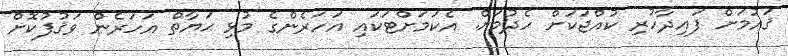
ޤައުމަށް ފައިދާހުރި ކުއްޖަކަށް ހެދުމަށް. އެކަމަށްޓަކައި އަހަރެންގެ މުޅި ޙަޔާތް އަހަރެން ވަޤުފުކޮށް